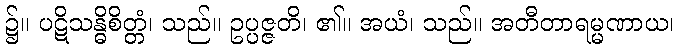
၌။ ပဋိသန္ဓိစိတ္တံ၊ သည်။ ဥပ္ပဇ္ဇတိ၊ ၏။ အယံ၊ သည်။ အတီတာရမ္မဏာယ၊